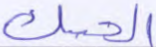
الحبك